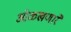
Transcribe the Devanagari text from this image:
ओळखणारे